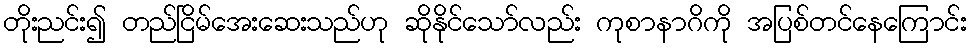
တိုးညင်း၍ တည်ငြိမ်အေးဆေးသည်ဟု ဆိုနိုင်သော်လည်း ကုစာနာဂိကို အပြစ်တင်နေကြောင်း